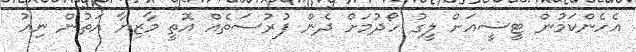
އެހެންކަމުން ޓީސީއަށް ލީގު ހޯދުމަށް ދެން ފުރުސަތެއް އޮތީ މާޒިޔާ އަތުން ނިއު